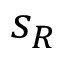
s _ { R }